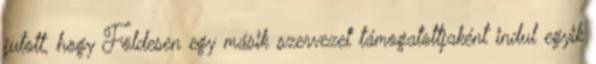
jutott, hogy Földesen egy másik szervezet támogatottjaként indul egyik